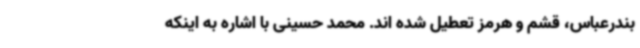
بندرعباس، قشم و هرمز تعطیل شده اند. محمد حسینی با اشاره به اینکه